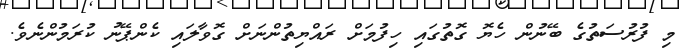
މި ފުރުސަތުގެ ބޭނުން ހެޔޮ ގޮތުގައި ހިފުމަށް ރައްޔިތުންނަށް ގޮވާލައި ކެންޕޭނު ކުރަމުންނެވެ.